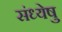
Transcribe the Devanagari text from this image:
संध्येषु